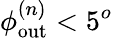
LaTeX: \phi_{\mathrm{out}}^{(n)}<5^{o}